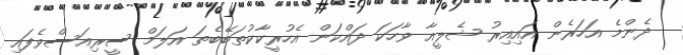
ދެންމެ އަހަރެން އައިއިރު ޝެލީއާ ވާހަކަ ދައްކަން އެހުރީކާކުތަބޭބެތަ އަލަމް ސީރިއަސްވެފައި